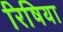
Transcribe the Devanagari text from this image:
रिषिया